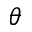
\theta